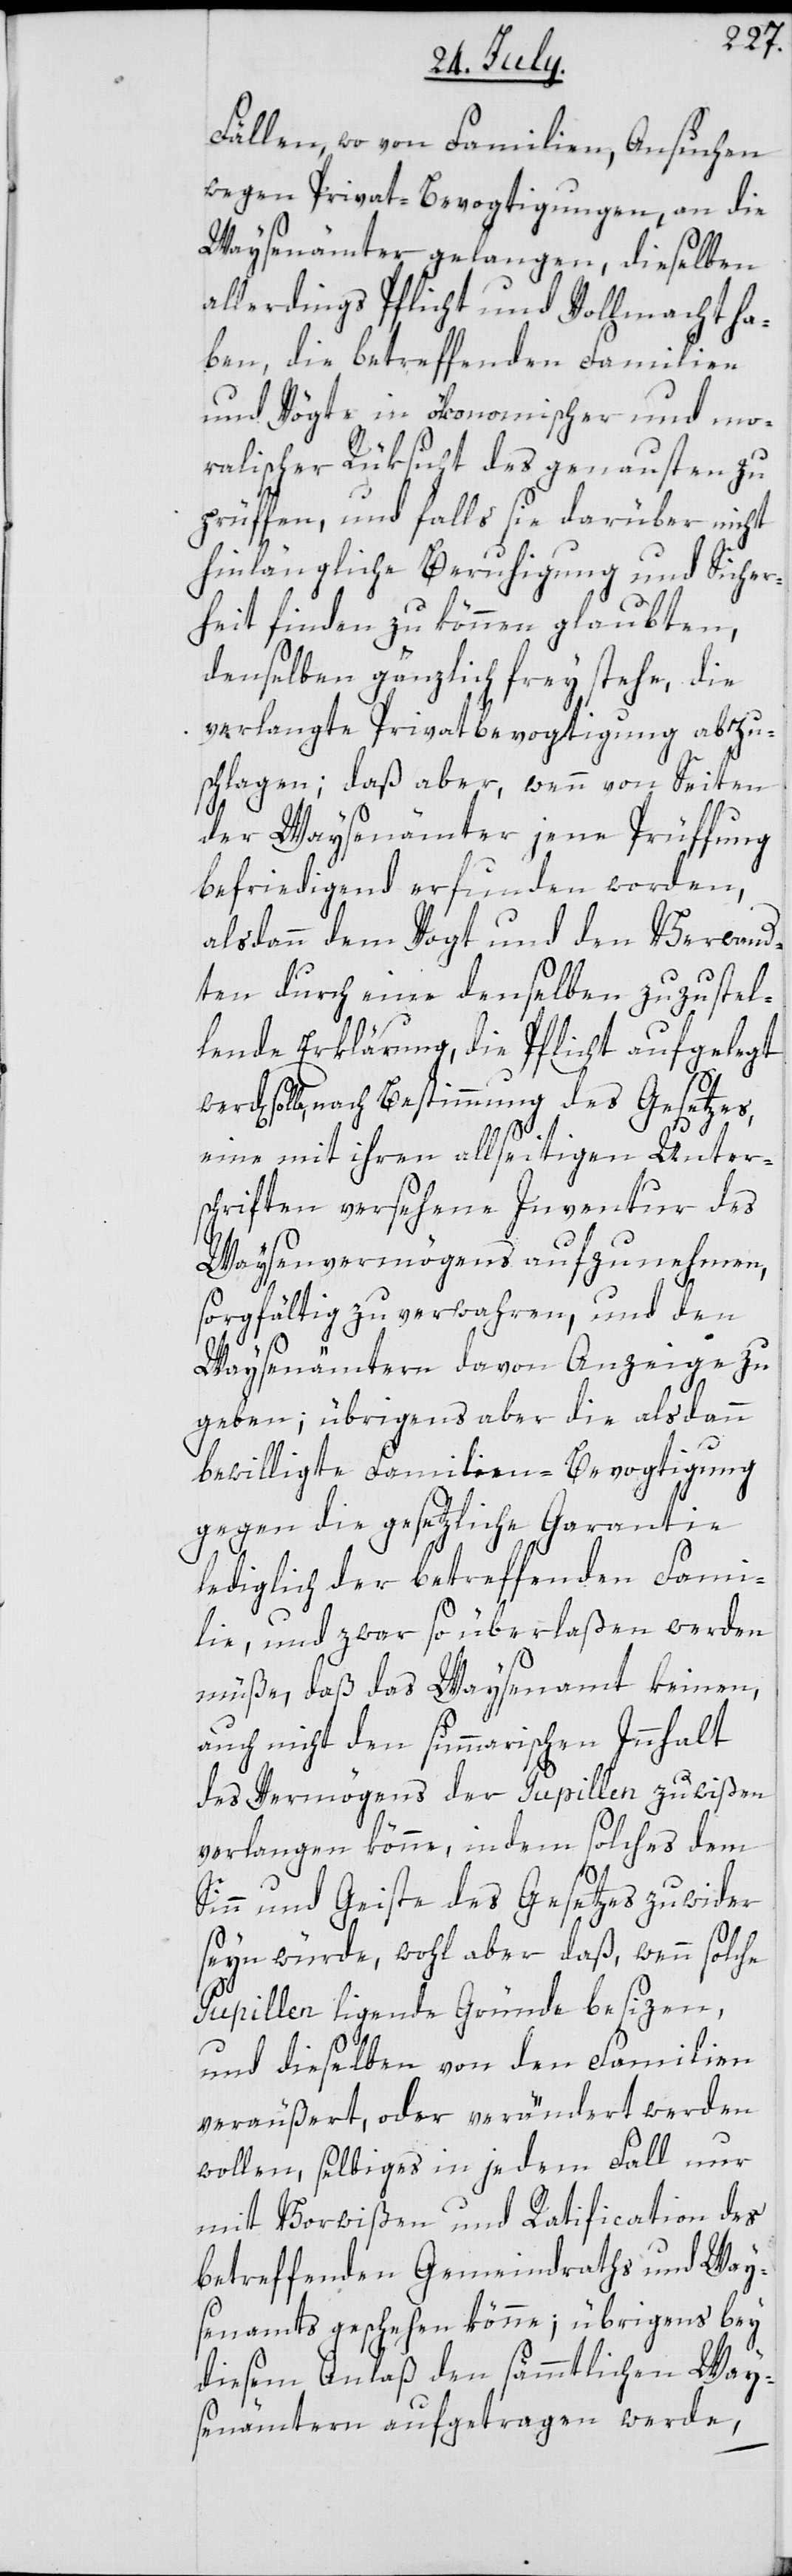
Fällen, wo von Familien, Ansuchen
wegen Privat-Bevogtigungen an die
Waysenämter gelangen, dieselben
allerdings Pflicht und Vollmacht ha¬
ben, die betreffenden Familien
und Vögte in ökonomischer und mo¬
ralischer Rüksicht des genausten zu
prüffen, und falls sie darüber nicht
hinlängliche Beruhigung und Sicher¬
heit finden zu können glaubten,
denselben gänzlich frey stehe, die
verlangte Privatbevogtigung abzu¬
schlagen; daß aber, wenn von Seiten
der Waysenämter jene Prüffung
befriedigend erfunden worden,
alsdann dem Vogt und den Verwand¬
ten durch eine denselben zuzustel¬
lende Erklärung, die Pflicht aufgelegt
solle, nach Bestimmung des Gesetzes,
eine mit ihren allseitigen Unter¬
schriften versehene Inventur des
Waysenvermögens aufzunehmen,
sorgfältig zu verwahren, und den
Waysenämtern davon Anzeige zu
geben; übrigens aber die alsdann
bewilligte Familien-Bevogtigung
gegen die gesetzliche Garantie
lediglich der betreffenden Fami¬
lie, und zwar so überlaßen werden
müße, daß das Waysenamt keinen,
auch nicht den summarischen Innhalt
des Vermögens der Pupillen zu wißen
verlangen könne, indem solches dem
Sinn und Geiste des Gesetzes zuwider
seyn würde, wohl aber daß, wenn solche
Pupillen ligende Gründe besizen,
und dieselben von den Familien
veräußert, oder verändert werden
wollen, selbiges in jedem Fall nur
mit Vorwißen und Ratification des
betreffenden Gemeindraths und Way¬
senamts geschehen könne; übrigens bey
diesem Anlaß den sämmtlichen Way¬
senämtern aufgetragen werde,